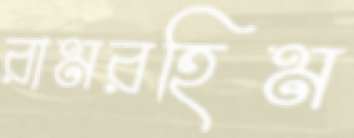
রামরহিম